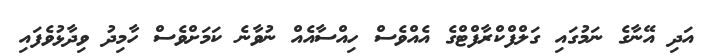
އަދި އޭނާގެ ނަމުގައި ގަލްފްކްރާފްޓްގެ އެއްވެސް ހިއްސާއެއް ނުވާނެ ކަމަށްވެސް ހާމިދު ވިދާޅުވެފައި